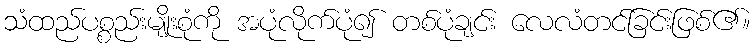
သံထည်ပစ္စည်းမျိုးစုံကို အပုံလိုက်ပုံ၍ တစ်ပုံချင်း လေလံတင်ခြင်းဖြစ်၏။